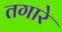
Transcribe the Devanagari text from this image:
तगारे